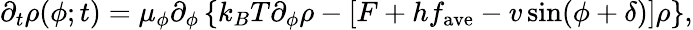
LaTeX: \partial_{t}\rho(\phi;t)=\mu_{\phi}\partial_{\phi}\left\{ k_{B}T\partial_{\phi}\rho-\left[F+hf_{\mathrm{ave}}-v\sin(\phi+\delta)\right]\rho\right\} ,